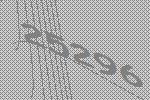
25296